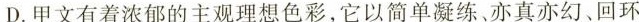
D.甲文有着浓郁的主观理想色彩，它以简单凝练、亦真亦幻、回环